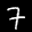
Label: 7